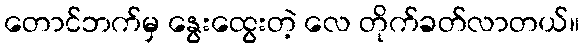
တောင်ဘက်မှ နွေးထွေးတဲ့ လေ တိုက်ခတ်လာတယ်။